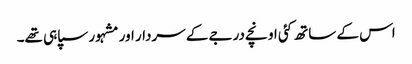
اس کے ساتھ کئی اونچے درجے کے سردار اور مشہور سپاہی تھے۔